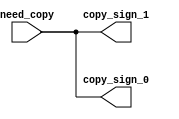
/*
**  
**  cache\cache\uncacheAXIAXI
*/

/*
Sign_Copy2
DONT_TOUCH = "true"VIVADO
*/

(*DONT_TOUCH = "true"*)  module Sign_Copy#(
	parameter  SIGN_WIDTH = 1)(
	input		[SIGN_WIDTH-1:0]  need_copy,
	output reg  [SIGN_WIDTH-1:0]  copy_sign_1,
	output reg  [SIGN_WIDTH-1:0]  copy_sign_0
);

    always @(need_copy) begin
        copy_sign_1 <= need_copy;
        copy_sign_0 <= need_copy;
    end 
	
endmodule